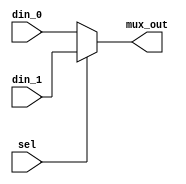
module mux4bits(
din_0      , // Mux first input
din_1      , // Mux second input
sel        , // Select input
mux_out      // Mux output
);

input [3:0] din_0, din_1;
input sel;

output [3:0] mux_out;

wire [3:0] mux_out;

assign mux_out = (sel) ? din_1 : din_0;

endmodule